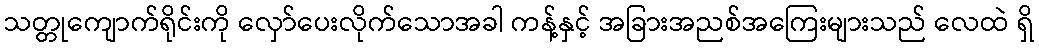
သတ္တုကျောက်ရိုင်းကို လှော်ပေးလိုက်သောအခါ ကန့်နှင့် အခြားအညစ်အကြေးများသည် လေထဲ ရှိ